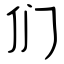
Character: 们